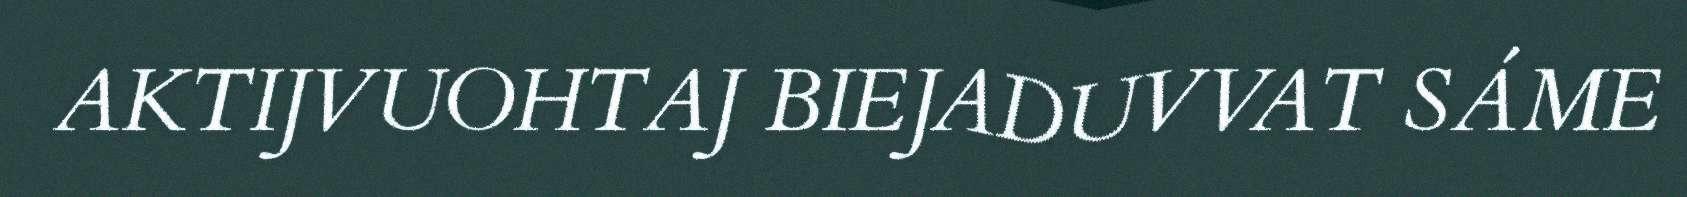
AKTIJVUOHTAJ BIEJADUVVAT SÁME